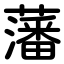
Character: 藩